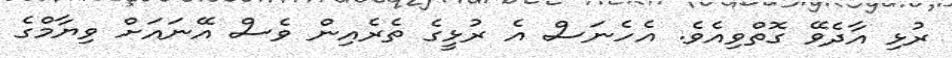
ރުޅި އާދެވޭ ގޮތްވިއެވެ. އެހެނަސް އެ ރުޅީގެ ތެރެއިން ވެސް އޭނައަށް ވިޔާމްގެ